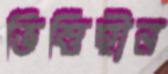
ভিত্তিহীন